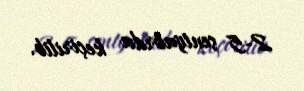
2-5 sentyabrda keçirilib.